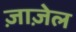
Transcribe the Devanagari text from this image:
ज़ाज़ेल